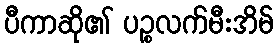
ပီကာဆို၏ ပဉ္စလက်မီးအိမ်